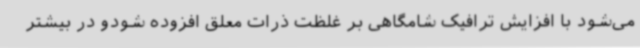
می‌شود با افزایش ترافیک شامگاهی بر غلظت ذرات معلق افزوده شودو در بیشتر